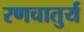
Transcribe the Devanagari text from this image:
रणचातुर्य